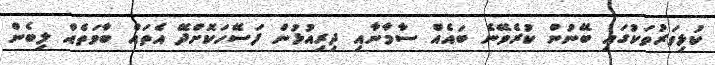
ކުޅިވަރުތަކުގައި ބޭނުން ކުރެވޭނެ ބައެއް ސާމާނާއި ދިރިއުޅުން ފަސޭހަކޮށްދޭ އެތައް ބާވަތެއް ލިބެން